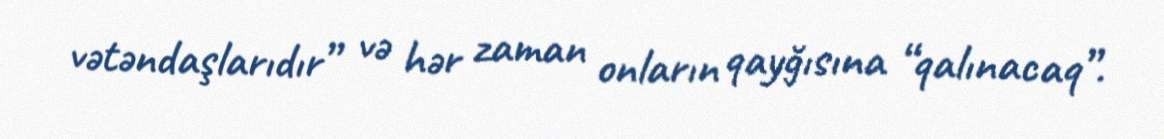
vətəndaşlarıdır” və hər zaman onların qayğısına “qalınacaq”.